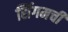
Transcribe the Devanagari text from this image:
सिंगमची